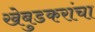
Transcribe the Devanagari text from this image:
खेबुडकरांचा